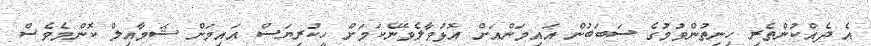
އެ ދެއްކުންތެރި ހިނިތުންވުމުގެ ސަބަބުން އައިމަންއަށް އޮޅުވާލެވޭނެކަމަށް ހީކުރިޔަސް އައިމަން ޝަމާއިލް ކޮންމެވެސް